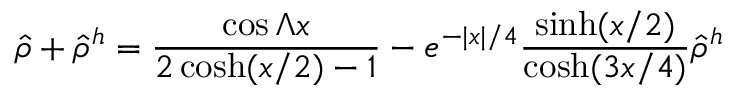
\hat { \rho } + \hat { \rho } ^ { h } = { \frac { \cos \Lambda x } { 2 \cosh ( x / 2 ) - 1 } } - e ^ { - | x | / 4 } { \frac { \sinh ( x / 2 ) } { \cosh ( 3 x / 4 ) } } \hat { \rho } ^ { h }